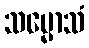
သမ္မောသံ